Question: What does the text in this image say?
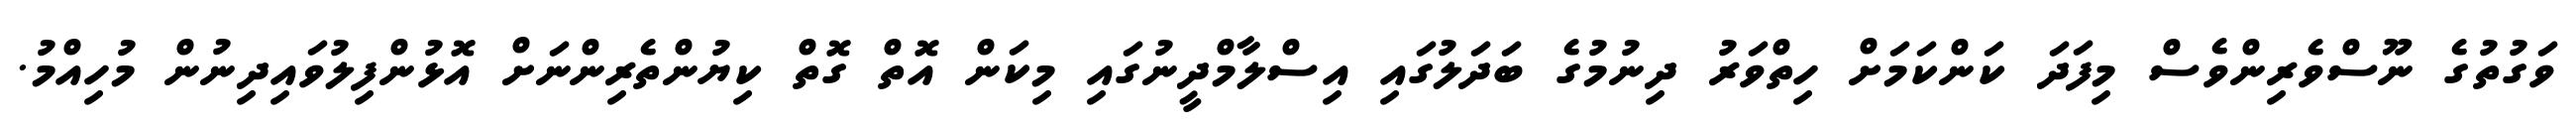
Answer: ވަގުތުގެ ނޫސްވެރިންވެސް މިފަދަ ކަންކަމަށް ހިތްވަރު ދިނުމުގެ ބަދަލުގައި އިސްލާމްދީނުގައި މިކަން އޮތް ގޮތް ކިޔުންތެރިންނަށް އޮޅުންފިލުވައިދިނުން މުހިއްމު.